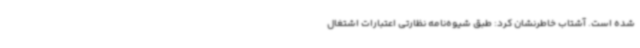
شده است. آشتاب خاطرنشان کرد: طبق شیوه‌نامه نظارتی اعتبارات اشتغال